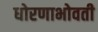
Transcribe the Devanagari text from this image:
धोरणाभोवती